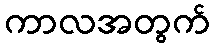
ကာလအတွက်